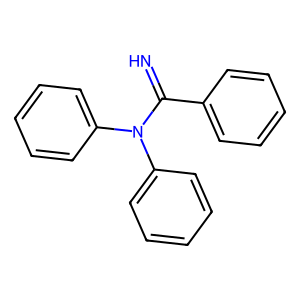
SMILES: N=C(c1ccccc1)N(c1ccccc1)c1ccccc1
Inhibits HIV replication: No